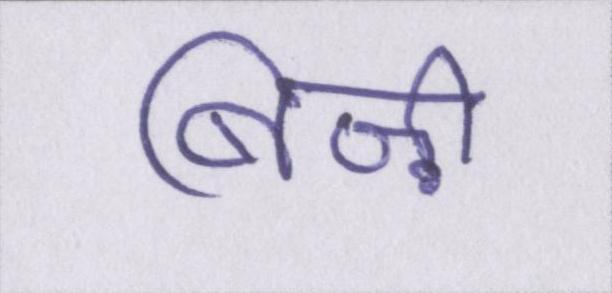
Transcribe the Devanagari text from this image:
बिज़ी